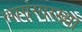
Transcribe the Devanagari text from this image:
लागूंसारख्या